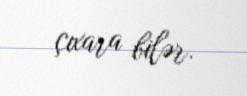
çıxara bilər.